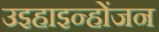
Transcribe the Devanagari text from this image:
उइहाइन्होंजन